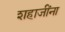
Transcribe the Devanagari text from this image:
शहाजींना